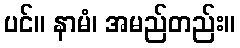
ပင်။ နာမံ၊ အမည်တည်း။